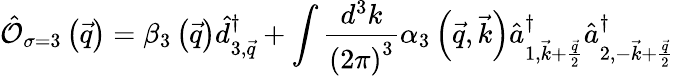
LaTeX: \hat{\mathcal{O}}_{\sigma=3}\left(\vec{q}\right)=\beta_{3}\left(\vec{q}\right)\hat{d}_{3,\vec{q}}^{\dagger}+\int\frac{d^{3}k}{\left(2\pi\right)^{3}}\alpha_{3}\left(\vec{q},\vec{k}\right)\hat{a}_{1,\vec{k}+\frac{\vec{q}}{2}}^{\dagger}\hat{a}_{2,-\vec{k}+\frac{\vec{q}}{2}}^{\dagger}